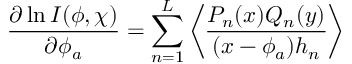
\frac { \partial \ln I ( \phi , \chi ) } { \partial \phi _ { a } } = \sum _ { n = 1 } ^ { L } \left\langle \frac { P _ { n } ( x ) Q _ { n } ( y ) } { ( x - \phi _ { a } ) h _ { n } } \right\rangle